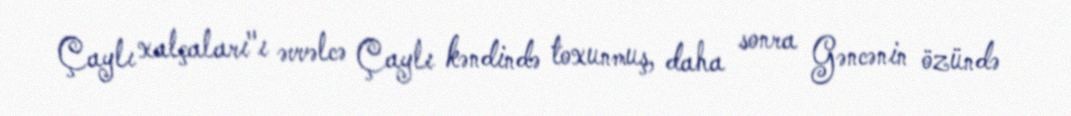
Çaylı xalçaları"ı əvvəlcə Çaylı kəndində toxunmuş, daha sonra Gəncənin özündə